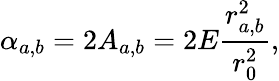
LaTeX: \alpha_{a,b}=2A_{a,b}=2E\frac{r_{a,b}^{2}}{r_{0}^{2}},